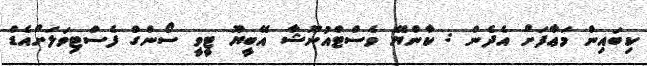
ކިބައިން މަޢާފަށް އެދެން : ކާންޔޭ ވެސްޓްއުނޫޝާ އޭބީޔޫ ޓީވީ ސޯންގް ފެސްްޓިވަލަށްއެޑް